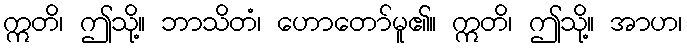
ဣတိ၊ ဤသို့။ ဘာသိတံ၊ ဟောတော်မူ၏။ ဣတိ၊ ဤသို့။ အာဟ၊